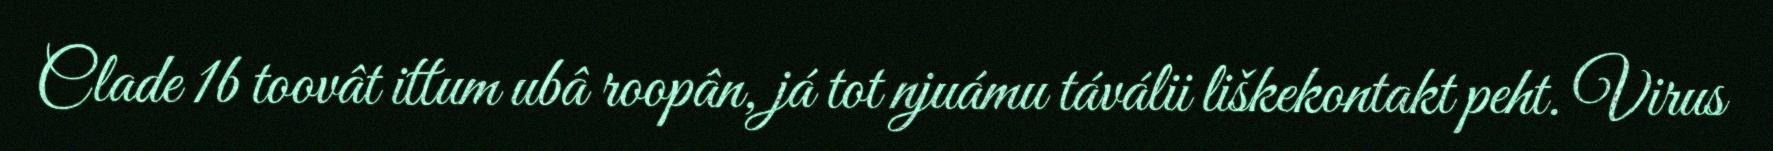
Clade 1b toovât ittum ubâ roopân, já tot njuámu táválii liškekontakt peht. Virus